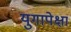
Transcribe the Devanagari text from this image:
युगापेक्षा